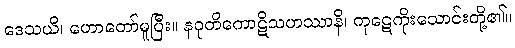
ဒေသယိ၊ ဟောတော်မူပြီး။ နဝုတိကောဋိသဟဿာနိ၊ ကုဋေကိုးသောင်းတို့၏။